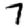
Digit: 7